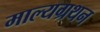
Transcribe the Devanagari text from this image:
माल्यग्रथन